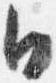
日